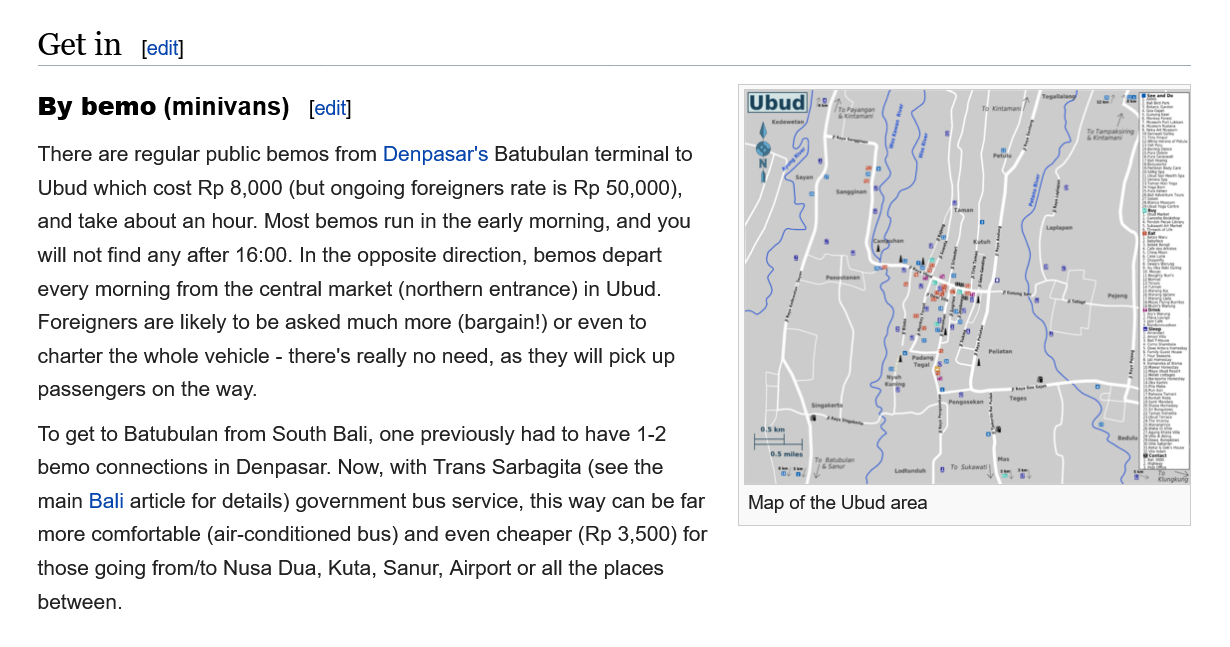
Get  in
    By  bemo  (minivans)
    There are regular public bemos from Denpasar's Batubulan terminal to
    Ubud which cost Rp 8,000 (but ongoing foreigners rate is Rp 50,000),
    and take about an hour. Most bemos run in the early morning, and you
    will not find any after 16:00. In the opposite direction, bemos depart
    every morning from the central market (northern entrance) in Ubud.
    Foreigners are likely to be asked much more (bargain!) or even to
    charter the whole vehicle
     -
     there's really no need, as they will pick up
    Passengers on the way.
    To get to Batubulan from South Bali, one previously had to have 1-2
    bemo connections in Denpasar. Now, with Trans Sarbagita (see the
    main Bali article for details) government bus service, this way can be far
    more comfortable (air-conditioned bus) and even cheaper (Rp 3,500) for
    those going from/to Nusa Dua, Kuta, Sanur, Airport or all the places
    between.
     [ecit]
     [edit]

     Map of the Ubud area